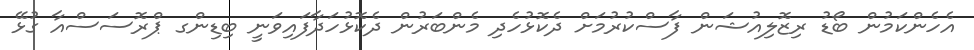
އެހެންކަމުން ބޯޑު ރިޒޮލިއުޝަން ފާސްކުރުމަށް ދެކޮޅުހެދި މެންބަރުން ދެކޮޅުހަދާފައިވަނީ ބިޑިންގ ޕްރޮސަސްއާ ގުޅޭ